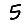
Digit: 5